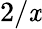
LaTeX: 2/\mathit{x}